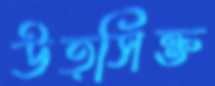
উত্সিক্ত